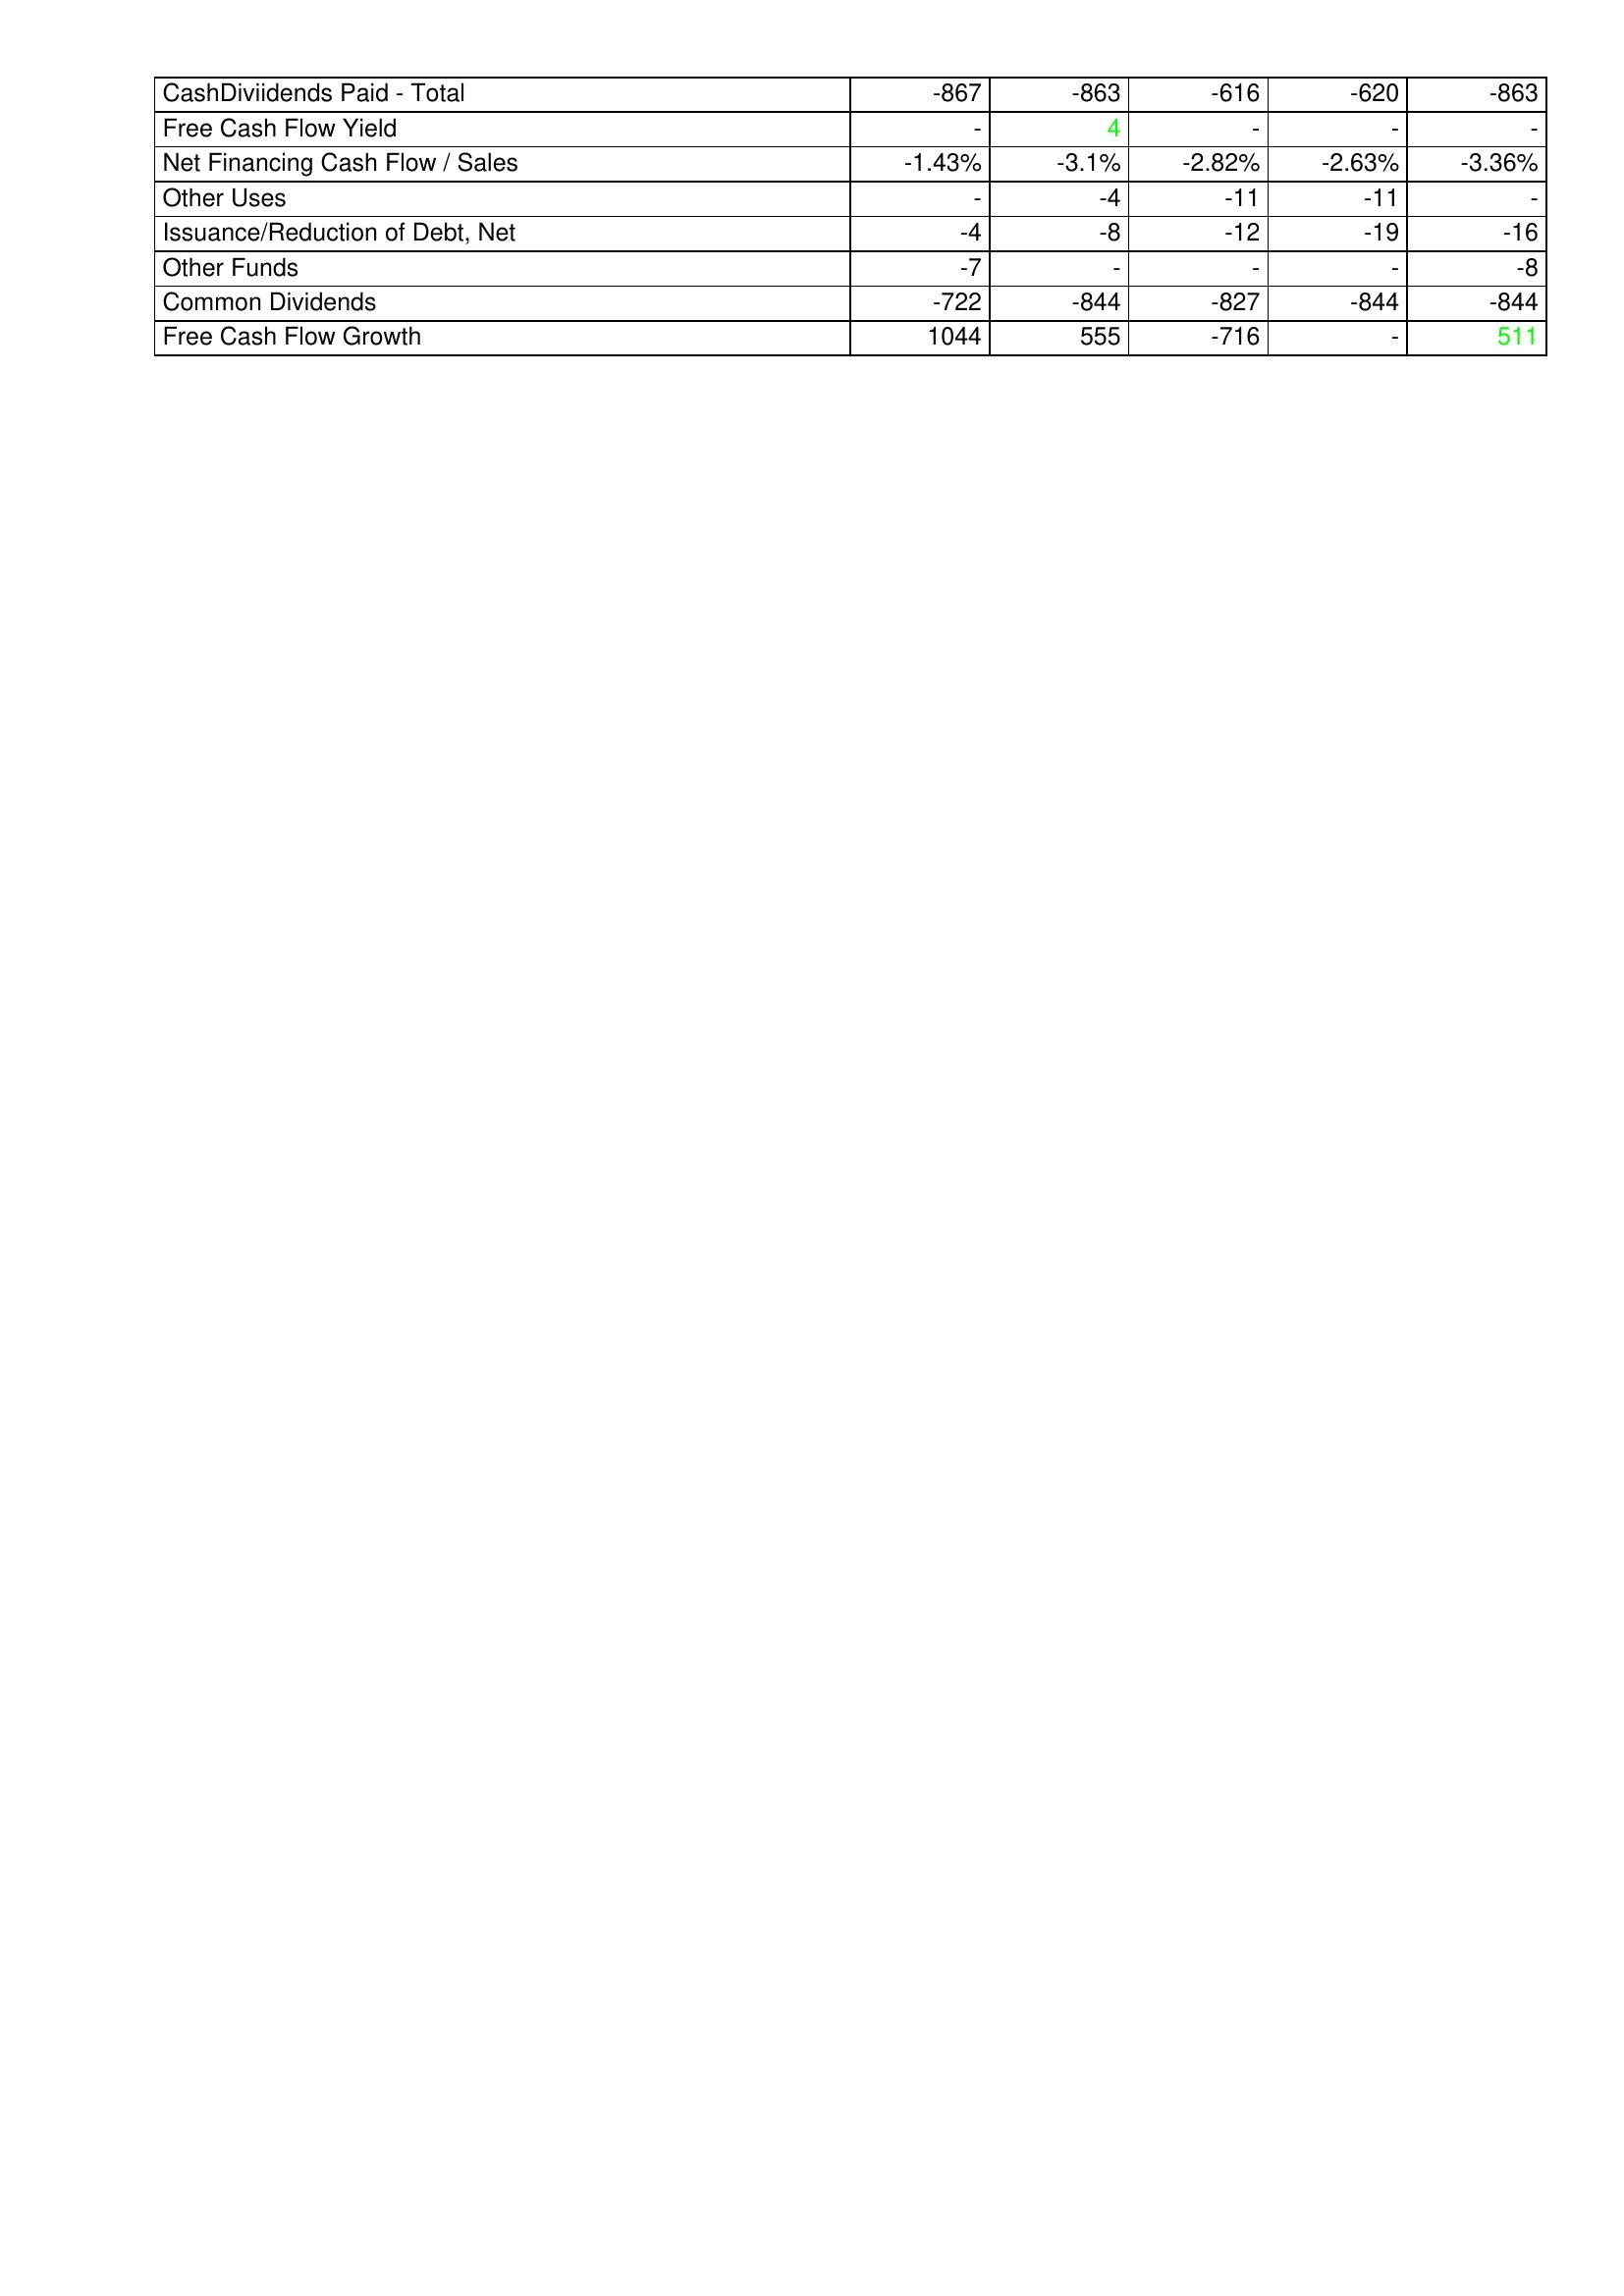
gt_parse: 2013: Financing Activities: CashDiviidends Paid - Total: -867
Free Cash Flow Yield: -
Net Financing Cash Flow / Sales: -1.43%
Other Uses: -
Issuance/Reduction of Debt, Net: -4
Other Funds: -7
Common Dividends: -722
Free Cash Flow Growth: 1044
2012: Financing Activities: CashDiviidends Paid - Total: -863
Free Cash Flow Yield: 4
Net Financing Cash Flow / Sales: -3.1%
Other Uses: -4
Issuance/Reduction of Debt, Net: -8
Other Funds: -
Common Dividends: -844
Free Cash Flow Growth: 555
2011: Financing Activities: CashDiviidends Paid - Total: -616
Free Cash Flow Yield: -
Net Financing Cash Flow / Sales: -2.82%
Other Uses: -11
Issuance/Reduction of Debt, Net: -12
Other Funds: -
Common Dividends: -827
Free Cash Flow Growth: -716
2010: Financing Activities: CashDiviidends Paid - Total: -620
Free Cash Flow Yield: -
Net Financing Cash Flow / Sales: -2.63%
Other Uses: -11
Issuance/Reduction of Debt, Net: -19
Other Funds: -
Common Dividends: -844
Free Cash Flow Growth: -
2009: Financing Activities: CashDiviidends Paid - Total: -863
Free Cash Flow Yield: -
Net Financing Cash Flow / Sales: -3.36%
Other Uses: -
Issuance/Reduction of Debt, Net: -16
Other Funds: -8
Common Dividends: -844
Free Cash Flow Growth: 511